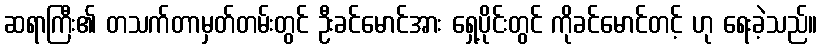
ဆရာကြီး၏ တသက်တာမှတ်တမ်းတွင် ဦးခင်မောင်အား ရှေ့ပိုင်းတွင် ကိုခင်မောင်တင့် ဟု ရေးခဲ့သည်။